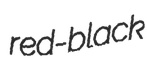
red-black